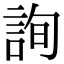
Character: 詢